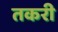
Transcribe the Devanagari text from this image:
तकरी